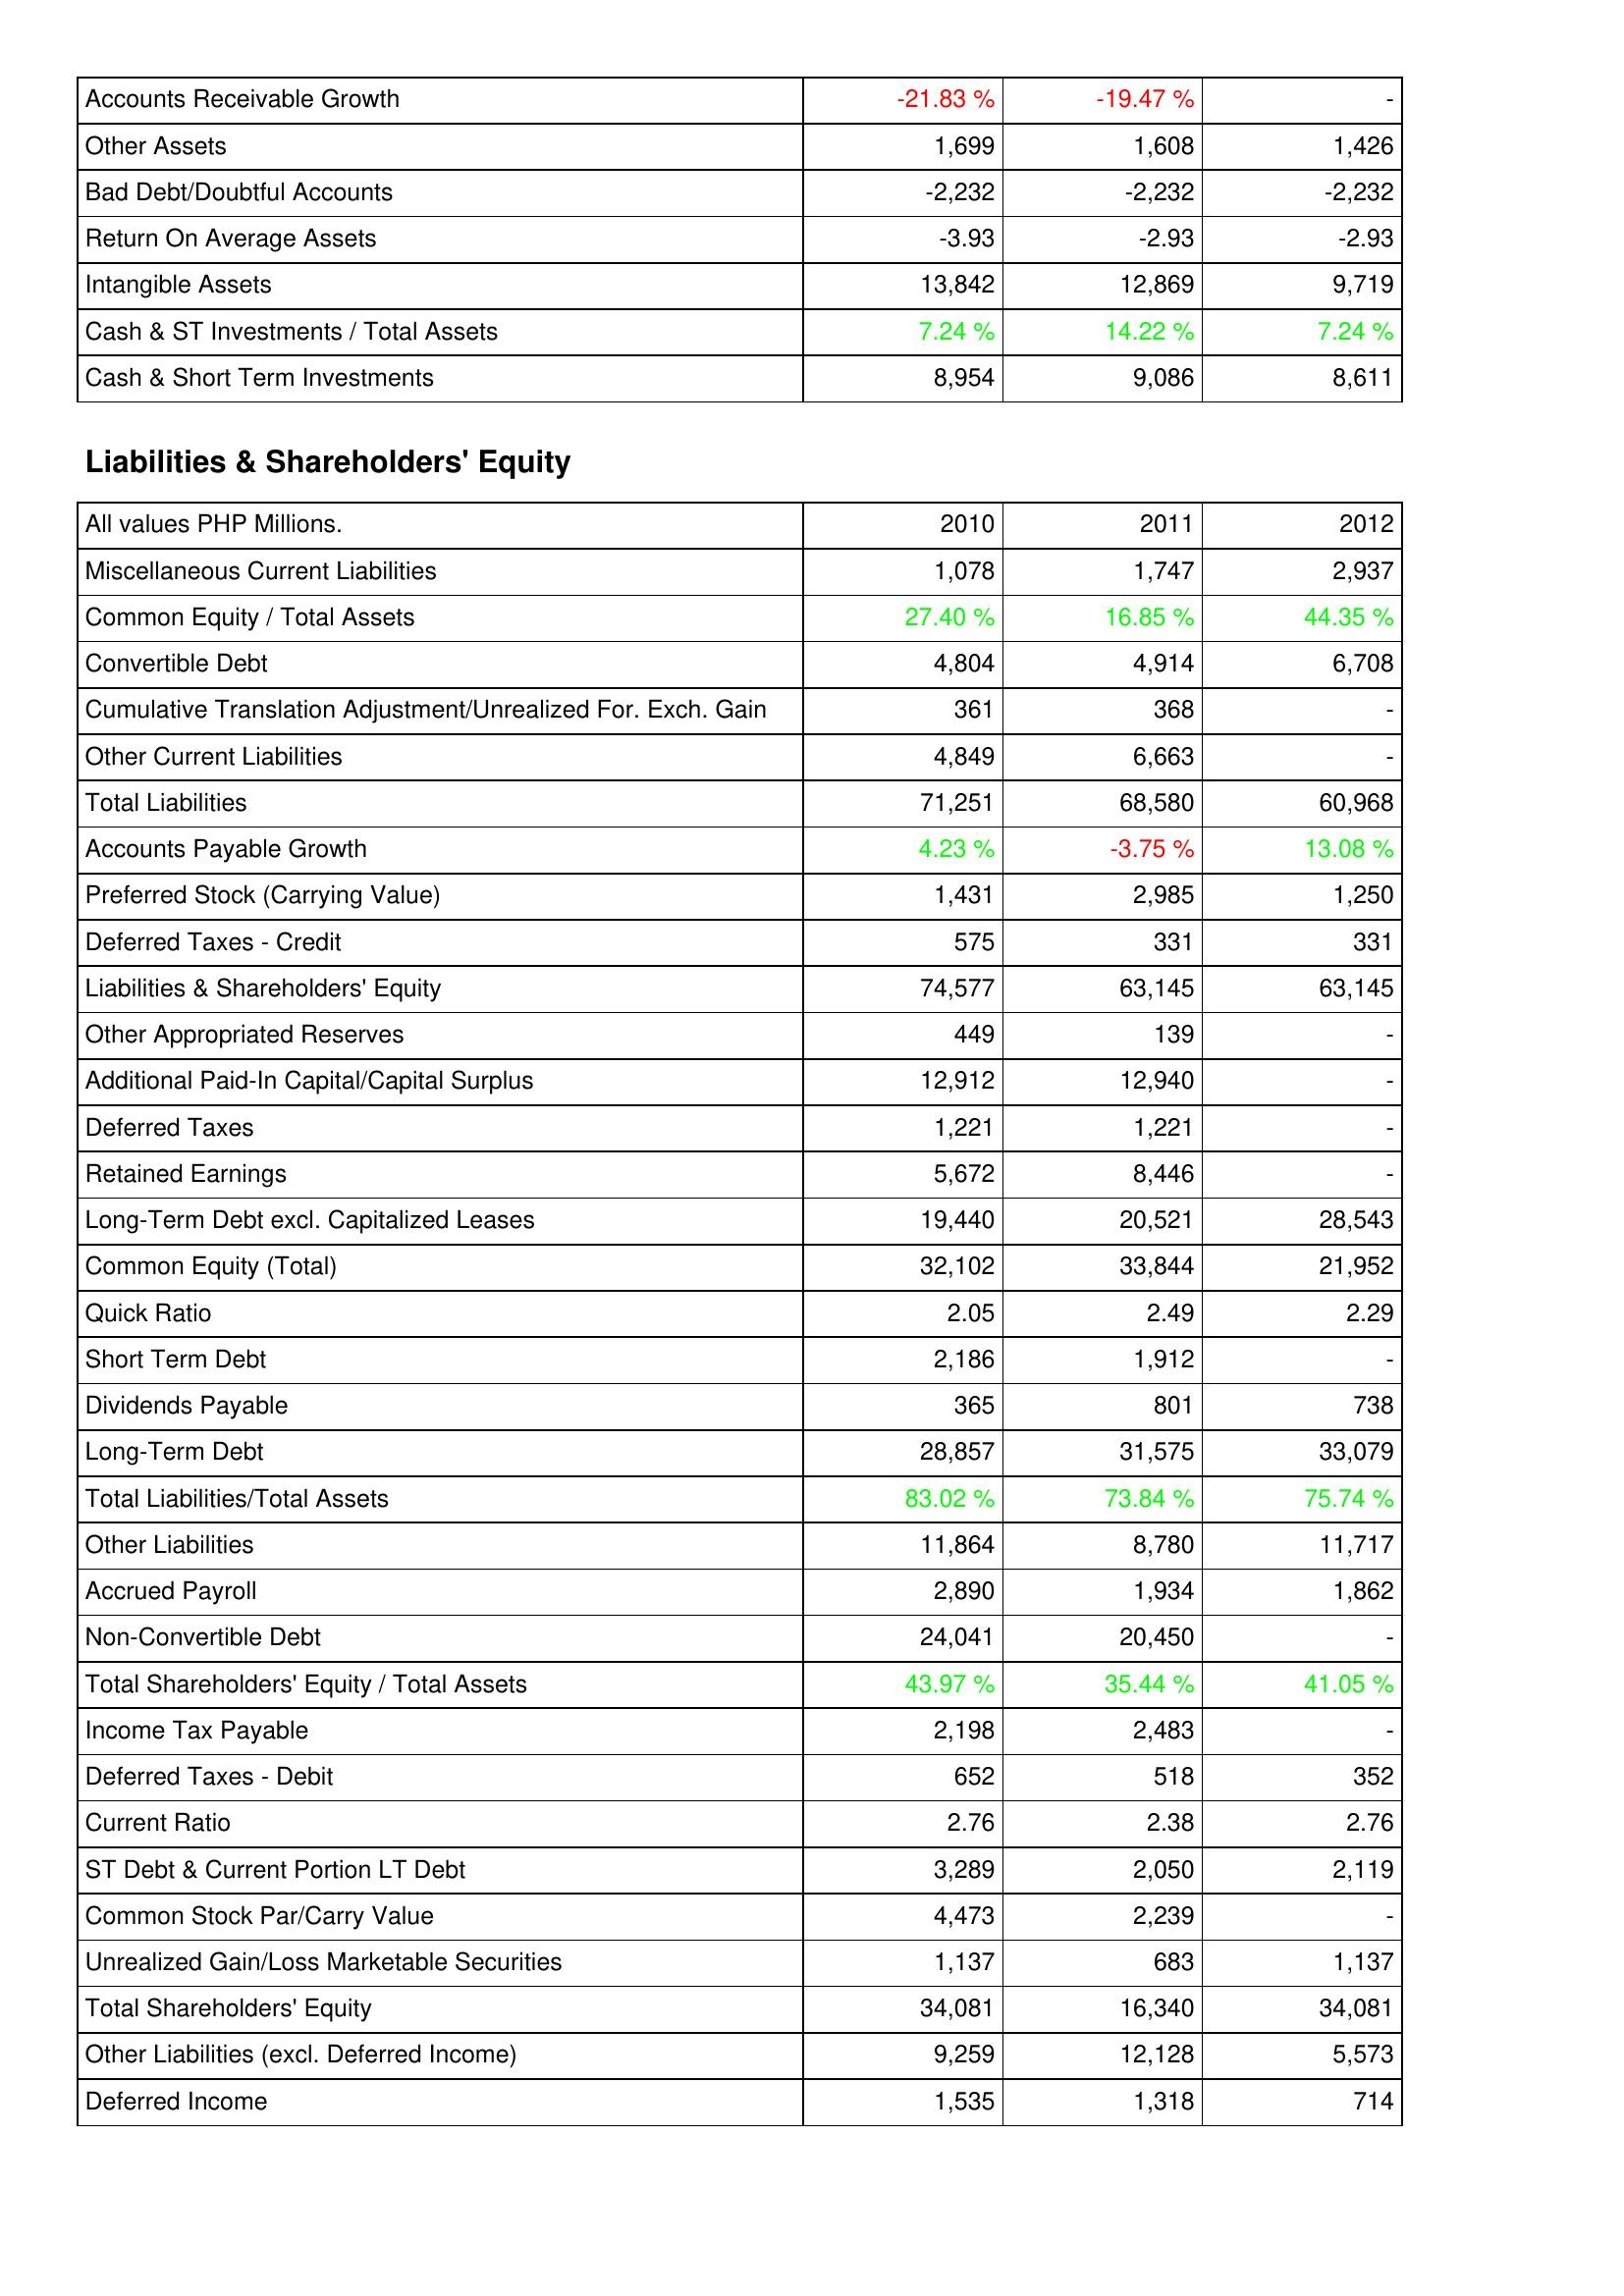
2010: Assets: Accounts Receivable Growth: -21.83 %
Other Assets: 1,699
Bad Debt/Doubtful Accounts: -2,232
Return On Average Assets: -3.93
Intangible Assets: 13,842
Cash & ST Investments / Total Assets: 7.24 %
Cash & Short Term Investments: 8,954
Liabilities & Shareholders' Equity: Miscellaneous Current Liabilities: 1,078
Common Equity / Total Assets: 27.40 %
Convertible Debt: 4,804
Cumulative Translation Adjustment/Unrealized For. Exch. Gain: 361
Other Current Liabilities: 4,849
Total Liabilities: 71,251
Accounts Payable Growth: 4.23 %
Preferred Stock (Carrying Value): 1,431
Deferred Taxes - Credit: 575
Liabilities & Shareholders' Equity: 74,577
Other Appropriated Reserves: 449
Additional Paid-In Capital/Capital Surplus: 12,912
Deferred Taxes: 1,221
Retained Earnings: 5,672
Long-Term Debt excl. Capitalized Leases: 19,440
Common Equity (Total): 32,102
Quick Ratio: 2.05
Short Term Debt: 2,186
Dividends Payable: 365
Long-Term Debt: 28,857
Total Liabilities/Total Assets: 83.02 %
Other Liabilities: 11,864
Accrued Payroll: 2,890
Non-Convertible Debt: 24,041
Total Shareholders' Equity / Total Assets: 43.97 %
Income Tax Payable: 2,198
Deferred Taxes - Debit: 652
Current Ratio: 2.76
ST Debt & Current Portion LT Debt: 3,289
Common Stock Par/Carry Value: 4,473
Unrealized Gain/Loss Marketable Securities: 1,137
Total Shareholders' Equity: 34,081
Other Liabilities (excl. Deferred Income): 9,259
Deferred Income: 1,535
2011: Assets: Accounts Receivable Growth: -19.47 %
Other Assets: 1,608
Bad Debt/Doubtful Accounts: -2,232
Return On Average Assets: -2.93
Intangible Assets: 12,869
Cash & ST Investments / Total Assets: 14.22 %
Cash & Short Term Investments: 9,086
Liabilities & Shareholders' Equity: Miscellaneous Current Liabilities: 1,747
Common Equity / Total Assets: 16.85 %
Convertible Debt: 4,914
Cumulative Translation Adjustment/Unrealized For. Exch. Gain: 368
Other Current Liabilities: 6,663
Total Liabilities: 68,580
Accounts Payable Growth: -3.75 %
Preferred Stock (Carrying Value): 2,985
Deferred Taxes - Credit: 331
Liabilities & Shareholders' Equity: 63,145
Other Appropriated Reserves: 139
Additional Paid-In Capital/Capital Surplus: 12,940
Deferred Taxes: 1,221
Retained Earnings: 8,446
Long-Term Debt excl. Capitalized Leases: 20,521
Common Equity (Total): 33,844
Quick Ratio: 2.49
Short Term Debt: 1,912
Dividends Payable: 801
Long-Term Debt: 31,575
Total Liabilities/Total Assets: 73.84 %
Other Liabilities: 8,780
Accrued Payroll: 1,934
Non-Convertible Debt: 20,450
Total Shareholders' Equity / Total Assets: 35.44 %
Income Tax Payable: 2,483
Deferred Taxes - Debit: 518
Current Ratio: 2.38
ST Debt & Current Portion LT Debt: 2,050
Common Stock Par/Carry Value: 2,239
Unrealized Gain/Loss Marketable Securities: 683
Total Shareholders' Equity: 16,340
Other Liabilities (excl. Deferred Income): 12,128
Deferred Income: 1,318
2012: Assets: Accounts Receivable Growth: -
Other Assets: 1,426
Bad Debt/Doubtful Accounts: -2,232
Return On Average Assets: -2.93
Intangible Assets: 9,719
Cash & ST Investments / Total Assets: 7.24 %
Cash & Short Term Investments: 8,611
Liabilities & Shareholders' Equity: Miscellaneous Current Liabilities: 2,937
Common Equity / Total Assets: 44.35 %
Convertible Debt: 6,708
Cumulative Translation Adjustment/Unrealized For. Exch. Gain: -
Other Current Liabilities: -
Total Liabilities: 60,968
Accounts Payable Growth: 13.08 %
Preferred Stock (Carrying Value): 1,250
Deferred Taxes - Credit: 331
Liabilities & Shareholders' Equity: 63,145
Other Appropriated Reserves: -
Additional Paid-In Capital/Capital Surplus: -
Deferred Taxes: -
Retained Earnings: -
Long-Term Debt excl. Capitalized Leases: 28,543
Common Equity (Total): 21,952
Quick Ratio: 2.29
Short Term Debt: -
Dividends Payable: 738
Long-Term Debt: 33,079
Total Liabilities/Total Assets: 75.74 %
Other Liabilities: 11,717
Accrued Payroll: 1,862
Non-Convertible Debt: -
Total Shareholders' Equity / Total Assets: 41.05 %
Income Tax Payable: -
Deferred Taxes - Debit: 352
Current Ratio: 2.76
ST Debt & Current Portion LT Debt: 2,119
Common Stock Par/Carry Value: -
Unrealized Gain/Loss Marketable Securities: 1,137
Total Shareholders' Equity: 34,081
Other Liabilities (excl. Deferred Income): 5,573
Deferred Income: 714